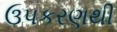
ઉપકરણથી